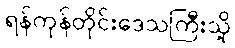
ရန်ကုန်တိုင်းဒေသကြီးသို့